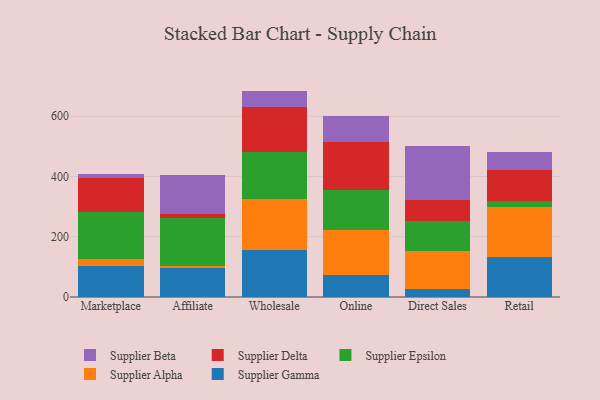
{"axis": {"x": "Channel", "y": "Latency (ms)"}, "legend": ["Supplier Alpha", "Supplier Beta", "Supplier Delta", "Supplier Epsilon", "Supplier Gamma"], "data": [{"x": "Marketplace", "y": 102.9, "type": "Supplier Gamma"}, {"x": "Marketplace", "y": 23.0, "type": "Supplier Alpha"}, {"x": "Marketplace", "y": 155.2, "type": "Supplier Epsilon"}, {"x": "Marketplace", "y": 113.2, "type": "Supplier Delta"}, {"x": "Marketplace", "y": 13.3, "type": "Supplier Beta"}, {"x": "Affiliate", "y": 95.1, "type": "Supplier Gamma"}, {"x": "Affiliate", "y": 7.1, "type": "Supplier Alpha"}, {"x": "Affiliate", "y": 160.6, "type": "Supplier Epsilon"}, {"x": "Affiliate", "y": 12.1, "type": "Supplier Delta"}, {"x": "Affiliate", "y": 128.9, "type": "Supplier Beta"}, {"x": "Wholesale", "y": 155.7, "type": "Supplier Gamma"}, {"x": "Wholesale", "y": 171.0, "type": "Supplier Alpha"}, {"x": "Wholesale", "y": 155.8, "type": "Supplier Epsilon"}, {"x": "Wholesale", "y": 147.7, "type": "Supplier Delta"}, {"x": "Wholesale", "y": 54.1, "type": "Supplier Beta"}, {"x": "Online", "y": 71.7, "type": "Supplier Gamma"}, {"x": "Online", "y": 150.1, "type": "Supplier Alpha"}, {"x": "Online", "y": 134.8, "type": "Supplier Epsilon"}, {"x": "Online", "y": 157.3, "type": "Supplier Delta"}, {"x": "Online", "y": 88.0, "type": "Supplier Beta"}, {"x": "Direct Sales", "y": 28.1, "type": "Supplier Gamma"}, {"x": "Direct Sales", "y": 124.0, "type": "Supplier Alpha"}, {"x": "Direct Sales", "y": 99.4, "type": "Supplier Epsilon"}, {"x": "Direct Sales", "y": 69.0, "type": "Supplier Delta"}, {"x": "Direct Sales", "y": 179.3, "type": "Supplier Beta"}, {"x": "Retail", "y": 133.7, "type": "Supplier Gamma"}, {"x": "Retail", "y": 163.8, "type": "Supplier Alpha"}, {"x": "Retail", "y": 20.3, "type": "Supplier Epsilon"}, {"x": "Retail", "y": 102.5, "type": "Supplier Delta"}, {"x": "Retail", "y": 60.6, "type": "Supplier Beta"}]}